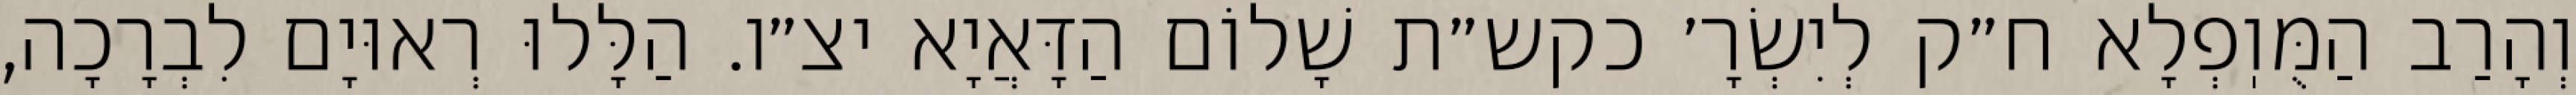
וְהָרַב הַמֻּוֽפְלָא ח״ק לְיִשְׂרָ׳ כקש״ת שָׁלוֹם הַדָּאֲיָא יצ״ו. הַלָּלוּ רְאוּיָם לִבְרָכָה,